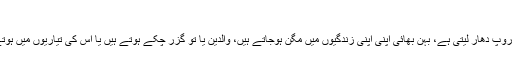
| ٹیگ افلاطونیاں | تبصرے: 38
ہمارے یہاں، پچاس کے بعد، جب اولاد جوان ہوجاتی ہے، بیوی، ماں کا روپ دھار لیتی ہے، بہن بھائی اپنی اپنی زندگیوں میں مگن ہوجاتے ہیں، والدین یا تو گزر چکے ہوتے ہیں یا اس کی تیاریوں میں ہوتے ہیں تو بڑا مشکل وقت شروع ہوجاتا ہے جی عمر کے اس حصے میں۔